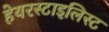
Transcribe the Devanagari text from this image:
हेयरस्टाइलिस्ट